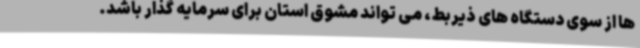
ها از سوی دستگاه های ذیربط، می تواند مشوق استان برای سرمایه گذار باشد.